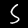
Label: 5